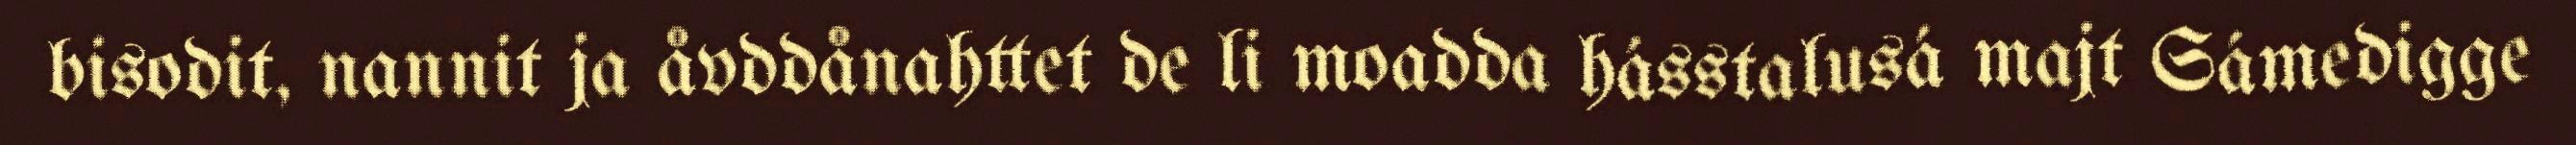
bisodit, nannit ja åvddånahttet de li moadda hásstalusá majt Sámedigge